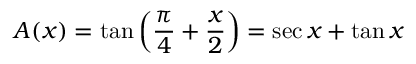
A ( x ) = \tan \left( { \frac { \pi } { 4 } } + { \frac { x } { 2 } } \right) = \sec x + \tan x